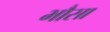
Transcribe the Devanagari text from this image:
भौसा